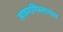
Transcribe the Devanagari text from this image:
अफगणिस्तानवर